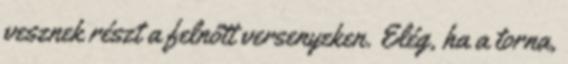
vesznek részt a felnőtt versenyeken. Elég, ha a torna,